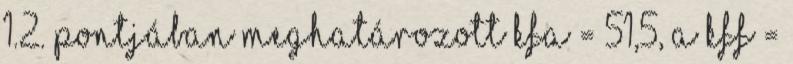
1.2. pontjában meghatározott kfa = 51,5, a kff =